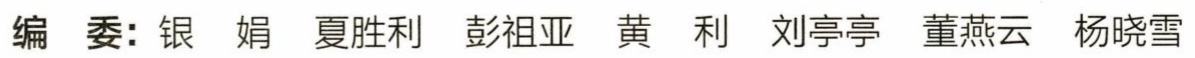
编委: 银娟 夏胜利 彭祖亚 黄利 刘亭亭 董燕云 杨晓雪